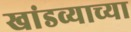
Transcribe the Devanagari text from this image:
खांडव्याच्या